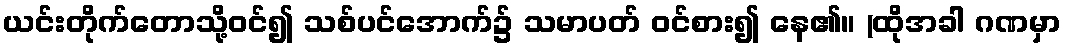
ယင်းတိုက်တောသို့ဝင်၍ သစ်ပင်အောက်၌ သမာပတ် ဝင်စား၍ နေ၏။ (ထိုအခါ ဂဏမှာ